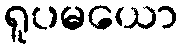
ရူပမယော